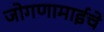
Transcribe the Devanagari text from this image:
जोगणामाईचे